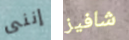
إننى شافيز